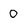
Character: 0